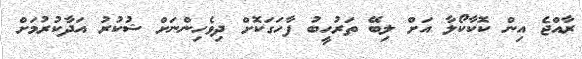
ރާއްޖެ އިން ކޮކާކޯލާ އަށް ލިބޭ ތަރުހީބު ފާހަގަކޮށް ދިވެހިންނަށް ޝުކުރު އަދާކުރުމަށް